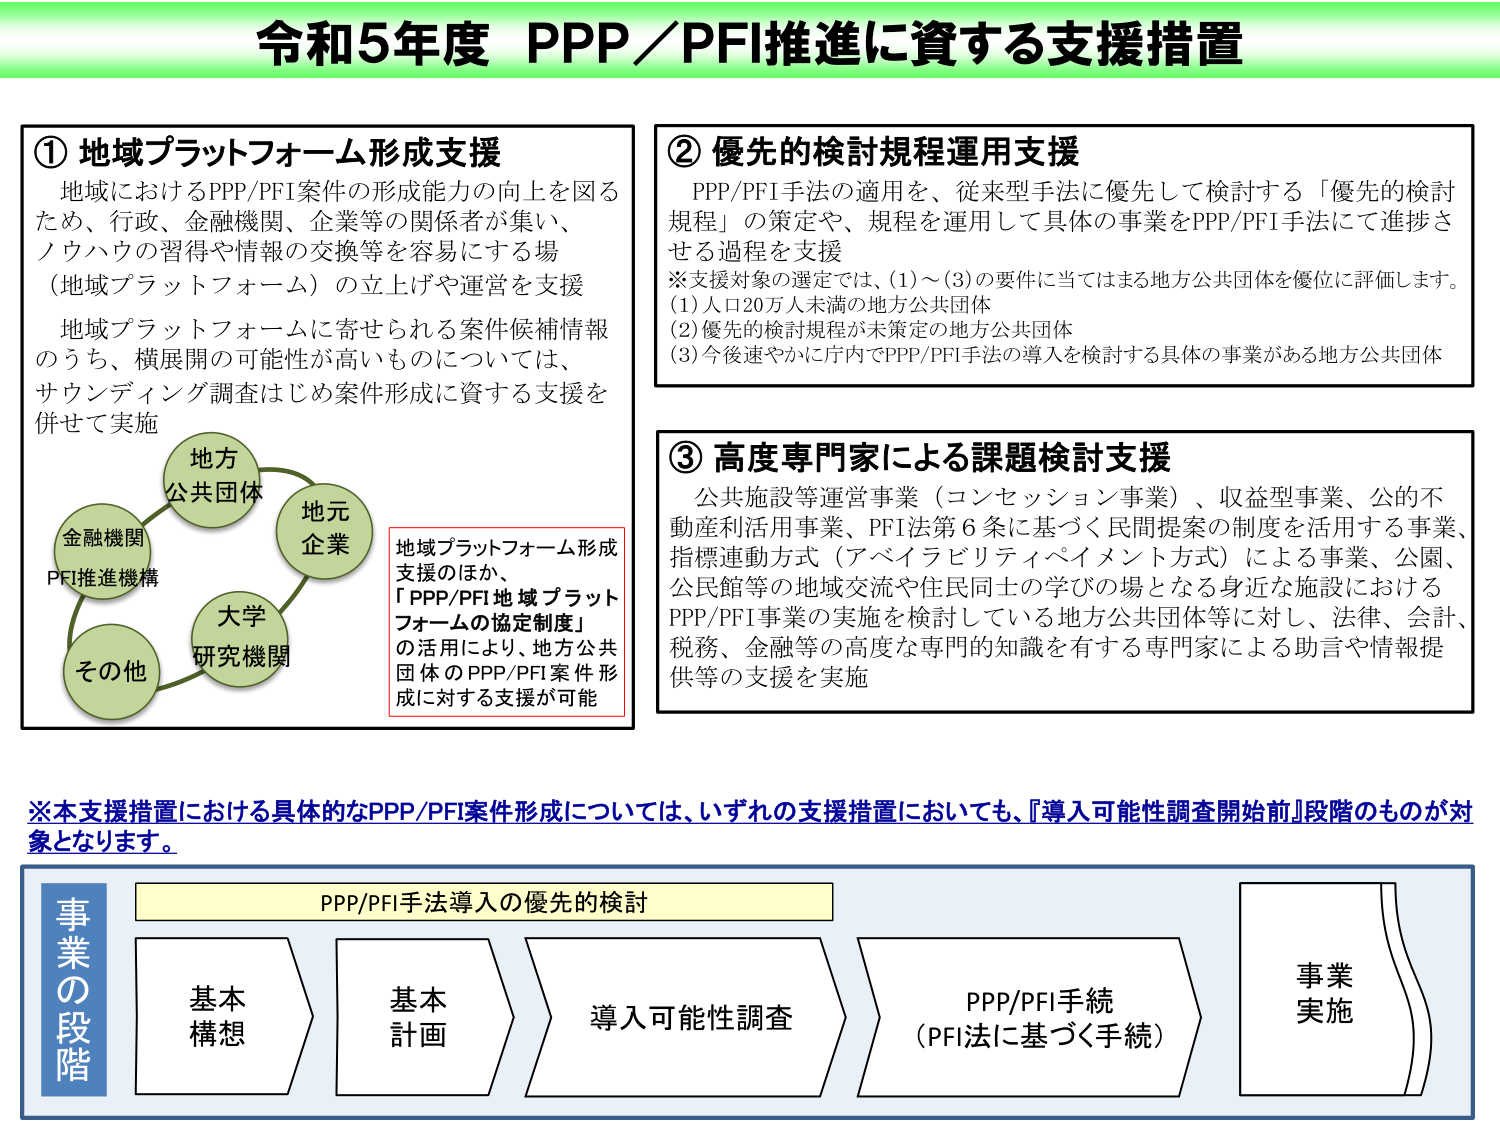
令和5年度 PPP／PFI推進に資する支援措置

① 地域プラットフォーム形成支援
地域におけるPPP/PFI案件の形成能力の向上を図る
ため、行政、金融機関、企業等の関係者が集い、
ノウハウの習得や情報の交換等を容易にする場
（地域プラットフォーム）の立上げや運営を支援
地域プラットフォームに寄せられる案件候補情報
のうち、横展開の可能性が高いものについては、
サウンディング調査はじめ案件形成に資する支援を
併せて実施

地方
公共団体
地元
企業
金融機関
PFI推進機構
大学
研究機関
その他

地域プラットフォーム形成
支援のほか、
「PPP/PFI地域プラット
フォームの協定制度」
の活用により、地方公共
団体のPPP/PFI案件形
成に対する支援が可能

② 優先的検討規程運用支援
PPP/PFI手法の適用を、従来型手法に優先して検討する「優先的検討
規程」の策定や、規程を運用して具体の事業をPPP/PFI手法にて進捗さ
せる過程を支援
※支援対象の選定では、(1)～(3)の要件に当てはまる地方公共団体を優位に評価します。
(1) 人口20万人未満の地方公共団体
(2) 優先的検討規程が未策定の地方公共団体
(3) 今後速やかに庁内でPPP/PFI手法の導入を検討する具体の事業がある地方公共団体

③ 高度専門家による課題検討支援
公共施設等運営事業（コンセッション事業）、収益型事業、公的不
動産利活用事業、PFI法第6条に基づく民間提案の制度を活用する事業、
指標連動方式（アベイラビリティペイメント方式）による事業、公園、
公民館等の地域交流や住民同士の学びの場となる身近な施設における
PPP/PFI事業の実施を検討している地方公共団体等に対し、法律、会計、
税務、金融等の高度な専門的知識を有する専門家による助言や情報提
供等の支援を実施

※本支援措置における具体的なPPP/PFI案件形成については、いずれの支援措置においても、『導入可能性調査開始前』段階のものが対
象となります。

事業の段階
PPP/PFI手法導入の優先的検討
基本
構想
基本
計画
導入可能性調査
PPP/PFI手続
（PFI法に基づく手続）
事業
実施